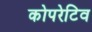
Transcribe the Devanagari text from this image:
कोपरेटिव